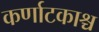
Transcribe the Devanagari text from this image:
कर्णाटकाश्च